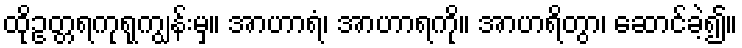
ထိုဥတ္တရကုရုကျွန်းမှ။ အာဟာရံ၊ အာဟာရကို။ အာဟရိတွာ၊ ဆောင်ခဲ့၍။